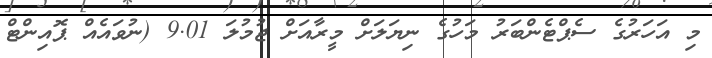
މި އަހަރުގެ ސެޕްޓެންބަރު މަހުގެ ނިޔަލަށް މީރާއަށް ޖުމުލަ 9.01 (ނުވައެއް ޕޮއިންޓް